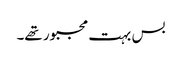
بس بہت مجبور تھے۔